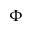
\Phi